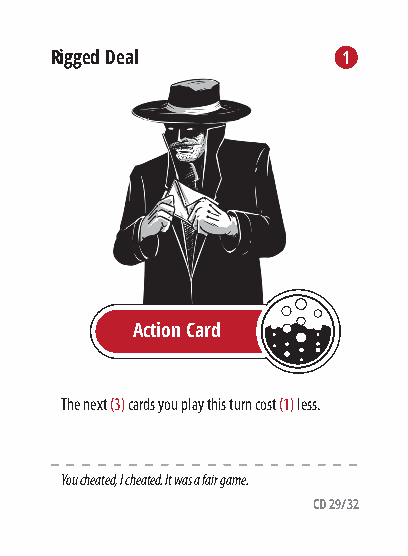
Rigged Deal         1
 Action Card
 The next (3) cards you play this turn cost (1) less.
 You cheated, I cheated. It was a fair game.
 CD 29/32